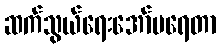
ဆက်သွယ်ရေးအော်ပရေတာ